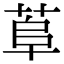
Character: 𦰺